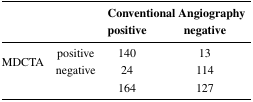
<table><thead><tr><td></td><td></td><td><b>Conventional positive</b></td><td><b>Angiography negative</b></td></tr></thead><tbody><tr><td rowspan="3">MDCTA</td><td>positive</td><td>140</td><td>13</td></tr><tr><td>negative</td><td>24</td><td>114</td></tr><tr><td></td><td>164</td><td>127</td></tr></tbody></table>